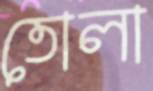
তোলা